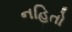
નહિતો